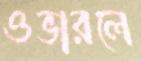
ওভারলে